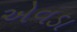
એવડા